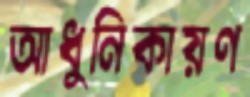
আধুনিকায়ণ